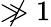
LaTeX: \not\gg 1